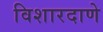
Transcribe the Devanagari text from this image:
विशारदाणे